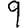
Digit: 9